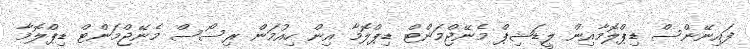
ފައިނޭންސް ޑިޕްލޮމާއިން ލީޑަޝިޕް މެނޭޖްމަންޓް ޑިޕްލޮމާ އިން ހިއުމަން ރިސޯސް މެނޭޖްމަންޓް ޑިޕްލޮމާ